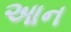
આન